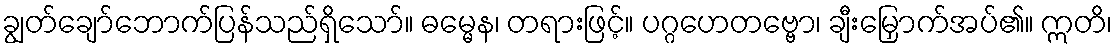
ချွတ်ချော်ဘောက်ပြန်သည်ရှိသော်။ ဓမ္မေန၊ တရားဖြင့်။ ပဂ္ဂဟေတဗ္ဗော၊ ချီးမြှောက်အပ်၏။ ဣတိ၊